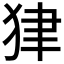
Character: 𤝽